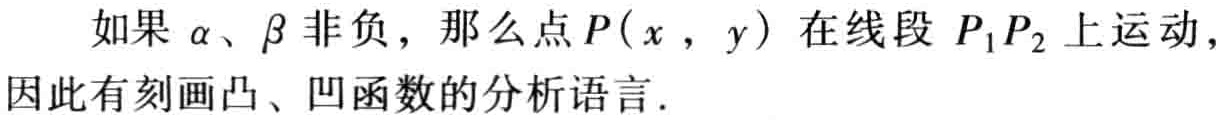
如果 $\alpha、\beta$ 非负，那么点 $P(x,y)$ 在线段 $P_1P_2$ 上运动，因此有刻画凸、凹函数的分析语言.